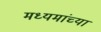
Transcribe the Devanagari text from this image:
मध्यमांच्या